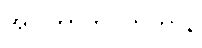
အဝါတာတပဟတာနိ